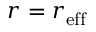
r = r _ { \mathrm { e f f } }